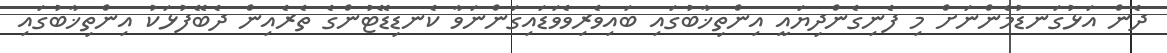
ދެން އަޅުގަނޑުމެންނަށް މި ފެނިގެންދިޔައީ އިންތިޚާބުގައި ބައިވެރިވެވަޑައިގަންނަވާ ކެނޑިޑޭޓުންގެ ތެރެއިން ދެބޭފުޅަކު އިންތިޚާބުގައި